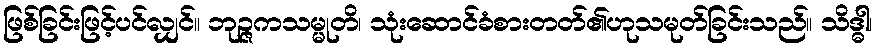
ဖြစ်ခြင်းဖြင့်ပင်လျှင်။ ဘုဉ္ဇကသမ္မုတိ၊ သုံးဆောင်ခံစားတတ်၏ဟုသမုတ်ခြင်းသည်။ သိဒ္ဓါ၊